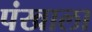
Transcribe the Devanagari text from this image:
पंखाला